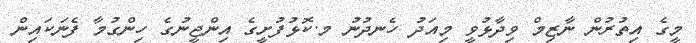
މީގެ އިތުރުން ނާޒިމް ވިދާޅުވީ މިއަދު ހެނދުނު މ.ކޮޅުފުށީގެ އިންޖީނުގެ ހިންގުމާ ފެނަކައިން